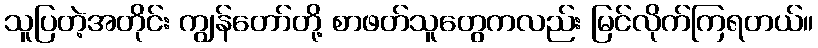
သူပြတဲ့အတိုင်း ကျွန်တော်တို့ စာဖတ်သူတွေကလည်း မြင်လိုက်ကြရတယ်။